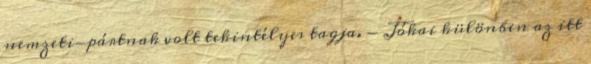
nemzeti-pártnak volt tekintélyes tagja. - Jókai különben az itt